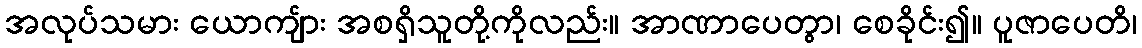
အလုပ်သမား ယောကျ်ား အစရှိသူတို့ကိုလည်း။ အာဏာပေတွာ၊ စေခိုင်း၍။ ပူဇာပေတိ၊